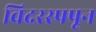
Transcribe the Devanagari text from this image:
विदरस्पपून